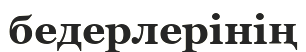
бедерлерінің